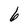
Character: 6